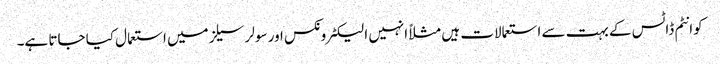
کوانٹم ڈاٹس کے بہت سے استعمالات ہیں مثلاً انہیں الیکٹرونکس اور سولر سیلز میں استعمال کیا جاتا ہے۔